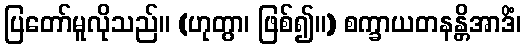
ပြတော်မူလိုသည်။ (ဟုတွာ၊ ဖြစ်၍။) စက္ခာယတနန္တိအာဒိံ၊